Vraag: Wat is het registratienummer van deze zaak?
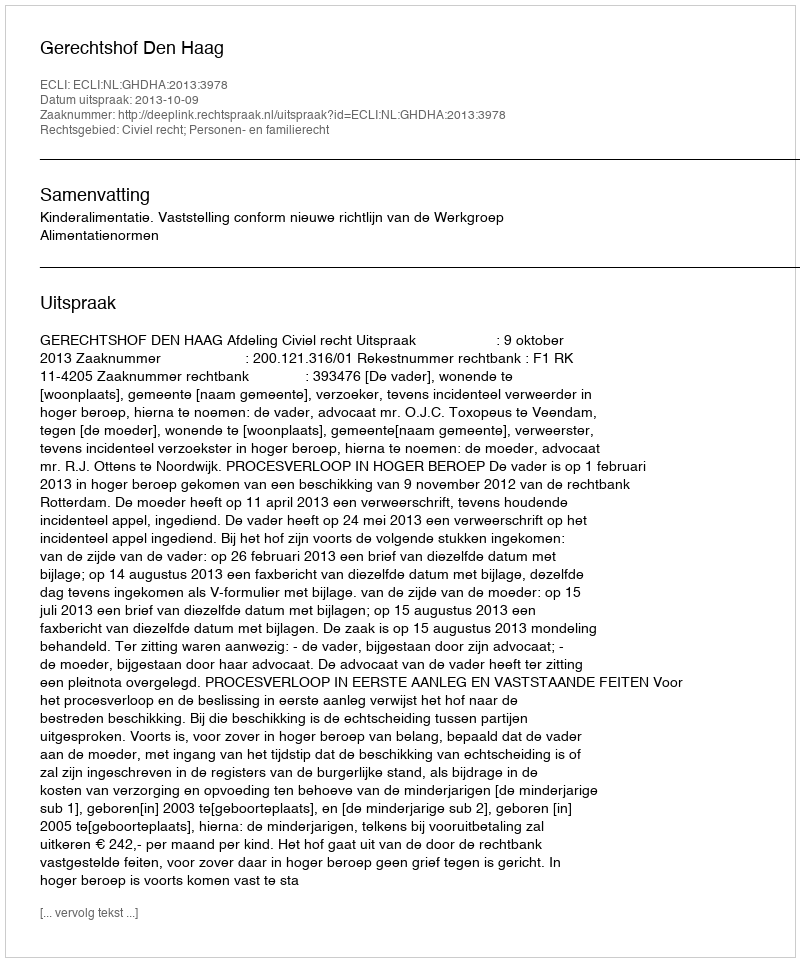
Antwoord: http://deeplink.rechtspraak.nl/uitspraak?id=ECLI:NL:GHDHA:2013:3978